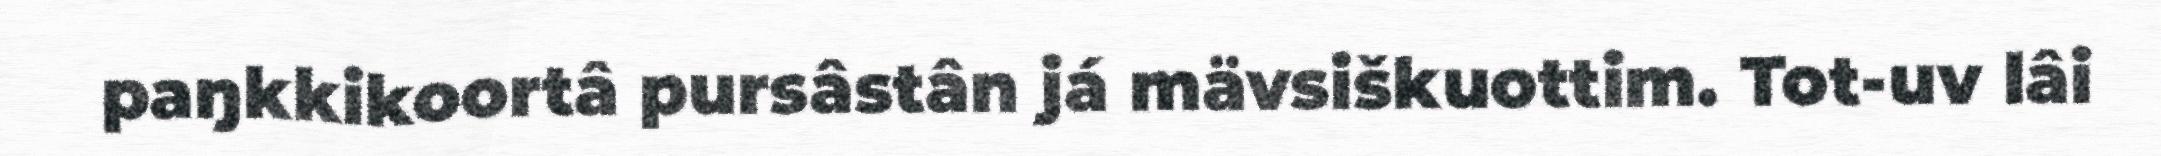
paŋkkikoortâ pursâstân já mävsiškuottim. Tot-uv lâi